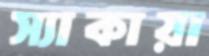
স্যাকায়া